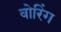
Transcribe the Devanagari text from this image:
वोरिंग